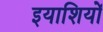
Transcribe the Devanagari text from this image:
इयाशियों